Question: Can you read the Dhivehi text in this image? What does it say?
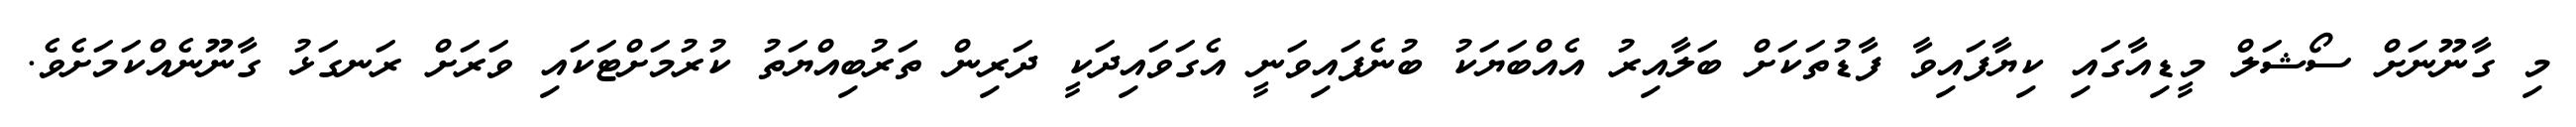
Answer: މި ގާނޫނަށް ސޯޝަލް މީޑިއާގައި ކިޔާފައިވާ ފާޑުތަކަށް ބަލާއިރު އެއްބަޔަކު ބުނެފައިވަނީ އެގަވައިދަކީ ދަރިން ތަރުބިއްޔަތު ކުރުމަށްޓަކައި ވަރަށް ރަނގަޅު ގާނޫނެއްކަމަށެވެ.